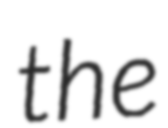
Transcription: the